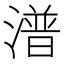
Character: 潽